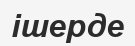
ішерде